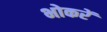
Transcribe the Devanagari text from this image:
भोकरें